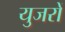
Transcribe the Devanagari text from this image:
युजरों